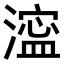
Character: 𣾈